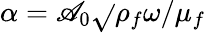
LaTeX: {\alpha}=\mathscr{A}_{0}\sqrt{}{{\rho_{f}\omega/\mu_{f}}}